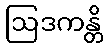
ဩဒကန္တိ